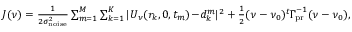
\begin{array} { r } { J ( \ensuremath { \boldsymbol \nu } ) = { \frac { 1 } { 2 \sigma _ { \mathrm { n o i s e } } ^ { 2 } } } \sum _ { m = 1 } ^ { M } \sum _ { k = 1 } ^ { K } | U _ { \boldsymbol \nu } ( r _ { k } , 0 , t _ { m } ) \! - \! d _ { k } ^ { m } | ^ { 2 } + { \frac { 1 } { 2 } } ( \boldsymbol \nu - \ensuremath { \boldsymbol \nu } _ { 0 } ) ^ { t } \ensuremath { \boldsymbol \Gamma _ { \! \mathrm { { p r } } } } ^ { - 1 } ( \boldsymbol \nu - \ensuremath { \boldsymbol \nu } _ { 0 } ) , } \end{array}